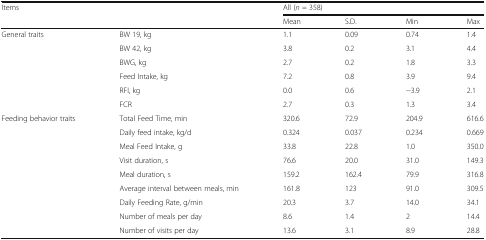
| <ROWSPAN=2-COLSPAN=2> Items | <COLSPAN=4> All (n = 358) |
 | Mean | S.D. | Min | Max |
 | --- | --- | --- | --- | --- | --- |
 | <ROWSPAN=6> General traits | BW 19, kg | 1.1 | 0.09 | 0.74 | 1.4 |
 | BW 42, kg | 3.8 | 0.2 | 3.1 | 4.4 |
 | BWG, kg | 2.7 | 0.2 | 1.8 | 3.3 |
 | Feed Intake, kg | 7.2 | 0.8 | 3.9 | 9.4 |
 | RFI, kg | 0.0 | 0.6 | −3.9 | 2.1 |
 | FCR | 2.7 | 0.3 | 1.3 | 3.4 |
 | <ROWSPAN=8> Feeding behavior traits | Total Feed Time, min | 320.6 | 72.9 | 204.9 | 616.6 |
 | Daily feed intake, kg/d | 0.324 | 0.037 | 0.234 | 0.669 |
 | Meal Feed Intake, g | 33.8 | 22.8 | 1.0 | 350.0 |
 | Visit duration, s | 76.6 | 20.0 | 31.0 | 149.3 |
 | Meal duration, s | 159.2 | 162.4 | 79.9 | 316.8 |
 | Average interval between meals, min | 161.8 | 123 | 91.0 | 309.5 |
 | Daily Feeding Rate, g/min | 20.3 | 3.7 | 14.0 | 34.1 |
 | Number of meals per day | 8.6 | 1.4 | 2 | 14.4 |
 |  | Number of visits per day | 13.6 | 3.1 | 8.9 | 28.8 |